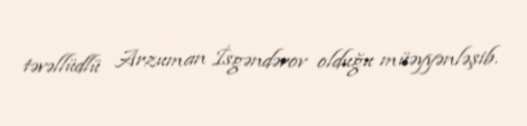
təvəllüdlü Arzuman İsgəndərov olduğu müəyyənləşib.